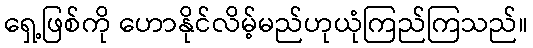
ရှေ့ဖြစ်ကို ဟောနိုင်လိမ့်မည်ဟုယုံကြည်ကြသည်။